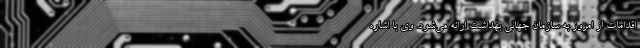
اقدامات از امروز به سازمان جهانی بهداشت ارائه می‌شود. وی با اشاره